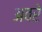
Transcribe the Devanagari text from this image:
अवरे